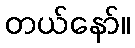
တယ်နော်။